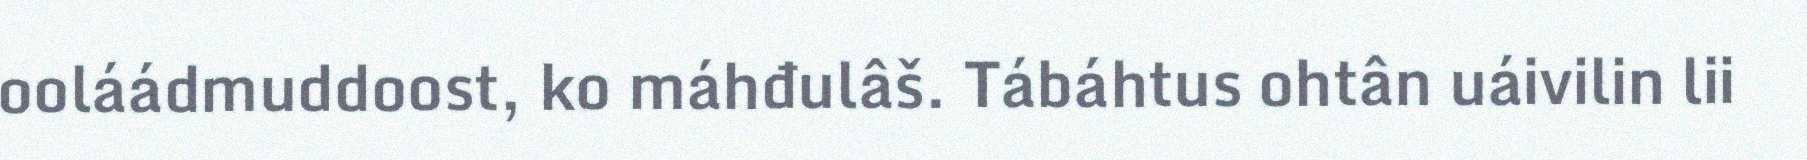
ooláádmuddoost, ko máhđulâš. Tábáhtus ohtân uáivilin lii